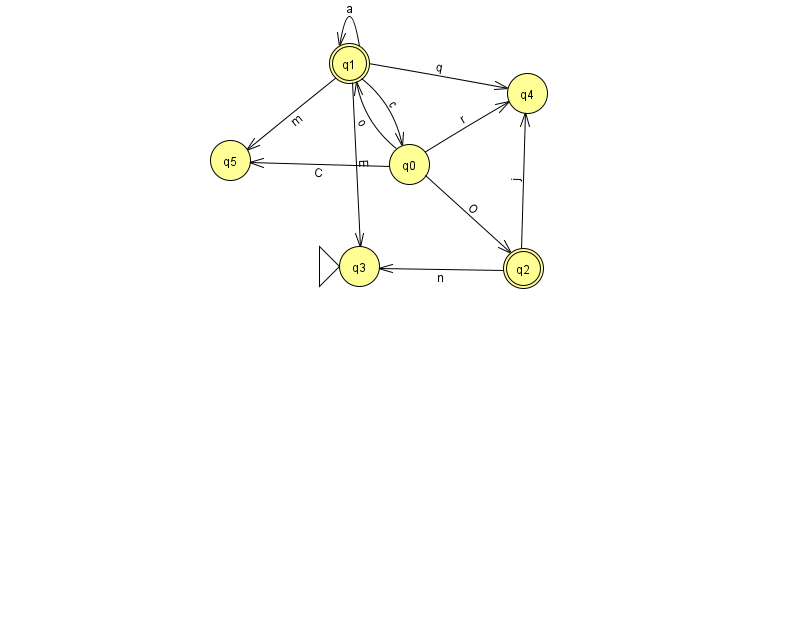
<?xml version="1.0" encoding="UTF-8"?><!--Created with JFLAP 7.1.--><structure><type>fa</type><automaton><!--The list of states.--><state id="0" name="q0"><x>409.0</x><y>151.0</y></state><state id="1" name="q1"><x>349.0</x><y>50.0</y><final/></state><state id="2" name="q2"><x>523.0</x><y>255.0</y><final/></state><state id="3" name="q3"><x>359.0</x><y>253.0</y><initial/></state><state id="4" name="q4"><x>527.0</x><y>80.0</y></state><state id="5" name="q5"><x>230.0</x><y>147.0</y></state><!--The list of transitions.--><transition><from>1</from><to>4</to><read>q</read></transition><transition><from>1</from><to>1</to><read>a</read></transition><transition><from>1</from><to>5</to><read>m</read></transition><transition><from>0</from><to>4</to><read>r</read></transition><transition><from>1</from><to>0</to><read>c</read></transition><transition><from>1</from><to>3</to><read>E</read></transition><transition><from>2</from><to>3</to><read>n</read></transition><transition><from>0</from><to>1</to><read>o</read></transition><transition><from>0</from><to>2</to><read>O</read></transition><transition><from>0</from><to>5</to><read>C</read></transition><transition><from>2</from><to>4</to><read>j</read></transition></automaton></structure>